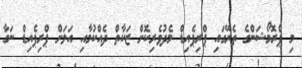
މި ޕްރޮމޯޝަންގެ ތެރޭގައި ޕްރިޕެއިޑް މެދުވެރިކޮށް ޒަކާތް ދެއްކުމާއި އަލަށް ޕްރިޕެއިޑް ނަގާ